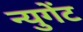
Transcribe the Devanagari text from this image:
न्युगेंट